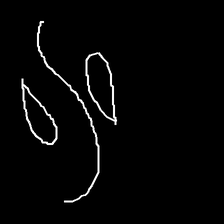
Glyph: water